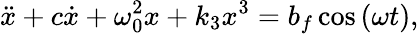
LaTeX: \ddot{x}+c\dot{x}+\omega_{0}^{2}x+k_{3}x^{3}=b_{f}\cos\left(\omega t\right),